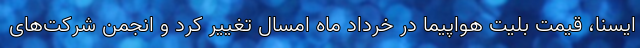
ایسنا، قیمت بلیت هواپیما در خرداد ماه امسال تغییر کرد و انجمن شرکت‌های